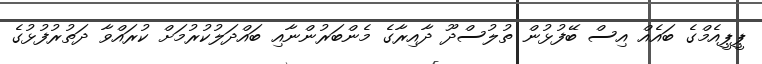
ޕީޕީއެމްގެ ބައެއް އިސް ބޭފުޅުން ތުލުސްދޫ ދާއިރާގެ މެންބަރުންނާއި ބައްދަލުކުރުމަށް ކުރައްވާ ދަތުރުފުޅުގެ